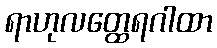
ရာဟုလတ္ထေရဂါထာ